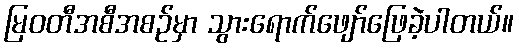
မြဝတီအစီအစဉ်မှာ သွားရောက်ဖျော်ဖြေခဲ့ပါတယ်။